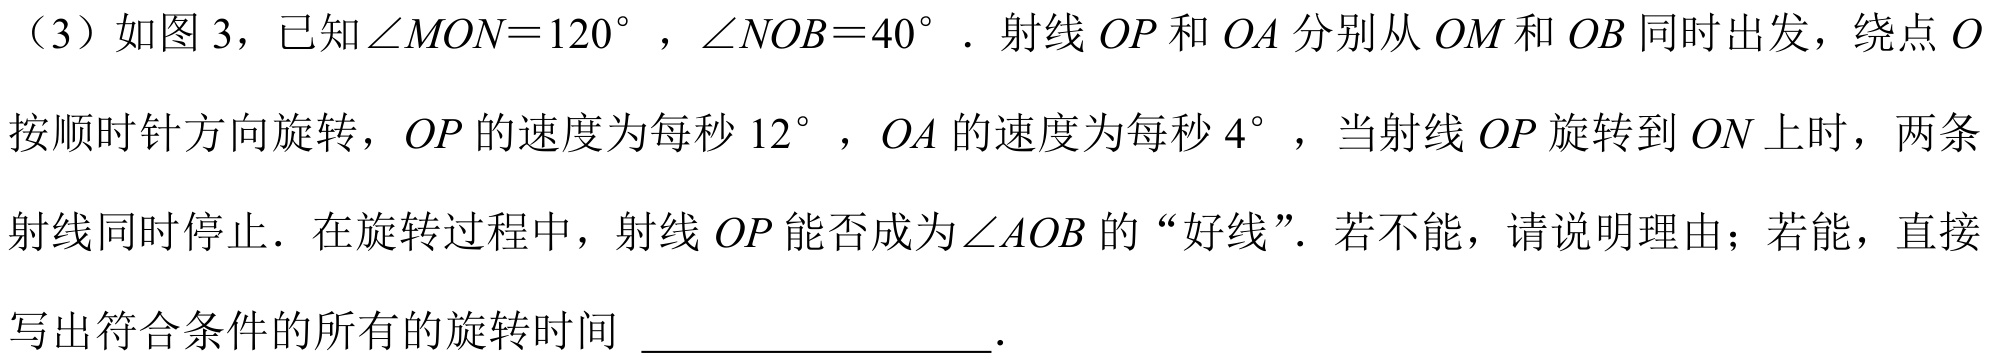
（3）如图 3，已知\(\angle MON = 120^{\circ}\)，\(\angle NOB = 40^{\circ}\)．射线\(OP\)和\(OA\)分别从\(OM\)和\(OB\)同时出发，绕点\(O\)按顺时针方向旋转，\(OP\)的速度为每秒\(12^{\circ}\)，\(OA\)的速度为每秒\(4^{\circ}\)，当射线\(OP\)旋转到\(ON\)上时，两条射线同时停止．在旋转过程中，射线\(OP\)能否成为\(\angle AOB\)的“好线”．若不能，请说明理由；若能，直接写出符合条件的所有的旋转时间  ．